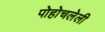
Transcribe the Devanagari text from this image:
पोहोचलेली